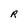
Character: R